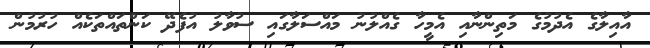
އާއިލާގެ އެދުމުގެ މަތިންނާއި އެމީހާ ގެއްލުނު މައްސަލާގައި ސުވާލު އުފެދޭ ކަންތައްތަކެއް ހުރުމުން